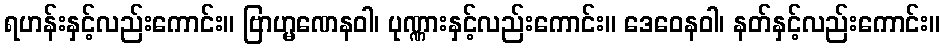
ရဟန်းနှင့်လည်းကောင်း။ ဗြာဟ္မဏေနဝါ၊ ပုဏ္ဏားနှင့်လည်းကောင်း။ ဒေဝေနဝါ၊ နတ်နှင့်လည်းကောင်း။